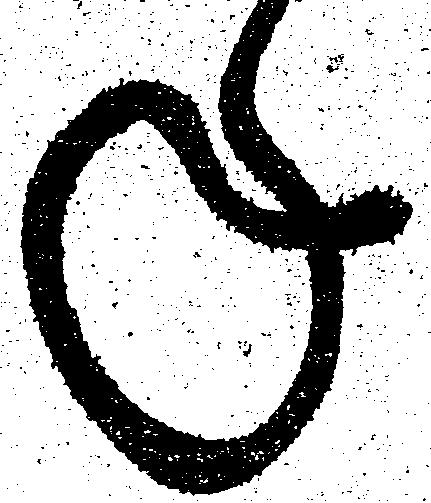
ね